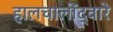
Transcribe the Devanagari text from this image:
हालचालींद्वारे